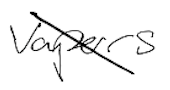
Text: vapors
Cross-out: diagonal
Writing tool: digital_black